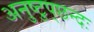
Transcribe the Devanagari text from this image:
अनुष्टुप्‌छन्दः